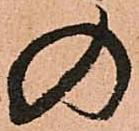
の